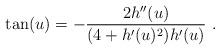
LaTeX: \begin{align*} \tan(u)=-\frac{2h''(u)}{(4+h'(u)^2)h'(u)}~.\end{align*}